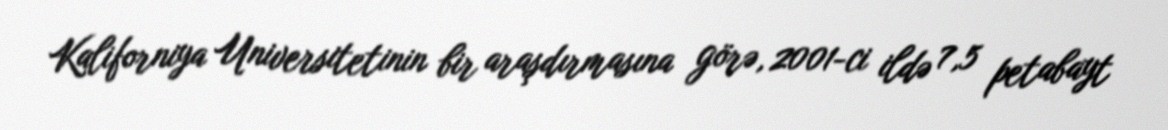
Kaliforniya Universitetinin bir araşdırmasına görə, 2001-ci ildə 7,5 petabayt